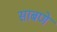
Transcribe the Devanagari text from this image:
साबणे